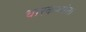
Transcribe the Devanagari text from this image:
धारकर्‍यांना